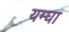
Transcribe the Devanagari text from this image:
यम्घा